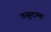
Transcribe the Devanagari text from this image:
वसुदामा